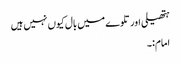
ہتھیلی اور تلوے میں بال کیوں نہیں ہیں
امام:۔